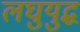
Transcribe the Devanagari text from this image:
लघुयुद्ध